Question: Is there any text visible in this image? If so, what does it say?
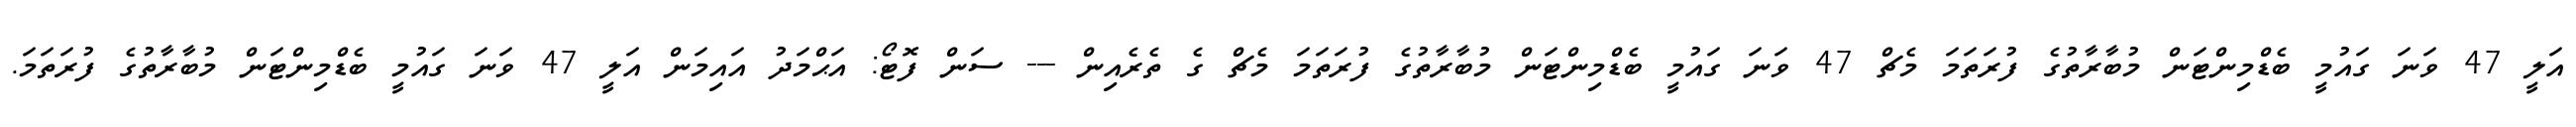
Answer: އަލީ 47 ވަނަ ގައުމީ ބެޑްމިންޓަން މުބާރާތުގެ ފުރަތަމަ މެޗް 47 ވަނަ ގައުމީ ބެޑްމިންޓަން މުބާރާތުގެ ފުރަތަމަ މެޗް ގެ ތެރެއިން --- ސަން ފޮޓޯ: އަޙްމަދު އައިމަން އަލީ 47 ވަނަ ގައުމީ ބެޑްމިންޓަން މުބާރާތުގެ ފުރަތަމަ.